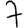
Digit: 7